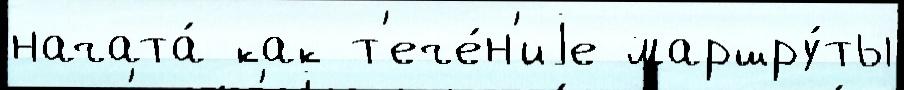
начата́ как т'ече́н'иjе маршру́ты